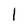
Character: 1